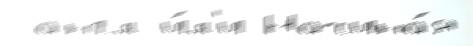
 англ и́л'и Начина́я